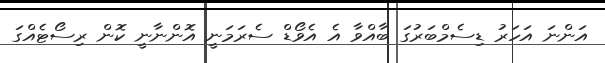
އަންނަ އަހަރު ޑިސެމްބަރުގަ ބާއްވާ އެ އެވޯޑް ސެރަމަނީ އޮންނާނީ ކޮން ރިސޯޓެއްގަ